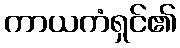
ကာယကံရှင်၏